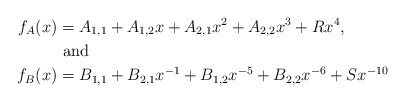
\begin{align*} f_A(x)&=A_{1,1} + A_{1,2}x + A_{2,1}x^2+ A_{2,2}x^3 + R x^4,\\ &\mbox{ and } \\ f_B(x)&=B_{1,1} + B_{2,1}x^{-1} + B_{1,2}x^{-5}+ B_{2,2}x^{-6} + S x^{-10}\end{align*}